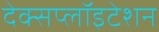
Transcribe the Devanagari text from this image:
देक्सप्लॉइटेशन